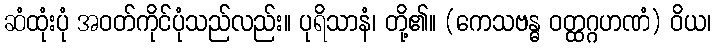
ဆံထုံးပုံ အဝတ်ကိုင်ပုံသည်လည်း။ ပုရိသာနံ၊ တို့၏။ (ကေသဗန္ဓ ဝတ္ထဂ္ဂဟဏံ) ဝိယ၊